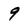
Character: 9